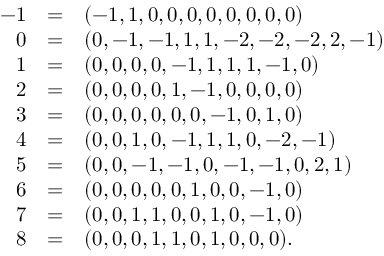
\begin{array} { r c l } { - 1 } & { = } & { ( - 1 , 1 , 0 , 0 , 0 , 0 , 0 , 0 , 0 , 0 ) } \\ { 0 } & { = } & { ( 0 , - 1 , - 1 , 1 , 1 , - 2 , - 2 , - 2 , 2 , - 1 ) } \\ { 1 } & { = } & { ( 0 , 0 , 0 , 0 , - 1 , 1 , 1 , 1 , - 1 , 0 ) } \\ { 2 } & { = } & { ( 0 , 0 , 0 , 0 , 1 , - 1 , 0 , 0 , 0 , 0 ) } \\ { 3 } & { = } & { ( 0 , 0 , 0 , 0 , 0 , 0 , - 1 , 0 , 1 , 0 ) } \\ { 4 } & { = } & { ( 0 , 0 , 1 , 0 , - 1 , 1 , 1 , 0 , - 2 , - 1 ) } \\ { 5 } & { = } & { ( 0 , 0 , - 1 , - 1 , 0 , - 1 , - 1 , 0 , 2 , 1 ) } \\ { 6 } & { = } & { ( 0 , 0 , 0 , 0 , 0 , 1 , 0 , 0 , - 1 , 0 ) } \\ { 7 } & { = } & { ( 0 , 0 , 1 , 1 , 0 , 0 , 1 , 0 , - 1 , 0 ) } \\ { 8 } & { = } & { ( 0 , 0 , 0 , 1 , 1 , 0 , 1 , 0 , 0 , 0 ) . } \end{array}